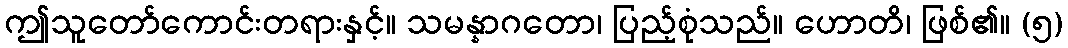
ဤသူတော်ကောင်းတရားနှင့်။ သမန္နာဂတော၊ ပြည့်စုံသည်။ ဟောတိ၊ ဖြစ်၏။ (၅)